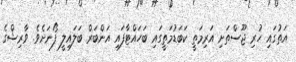
އަތުގައި ހުރި ޖޫސްތަށި އަރިމަތީ ކަބަޑުމަތީގައި ބަހައްޓާފައި އަންބަރް ބަލައިލީ ފޯނަށެވެ. ވާރިޝްގެ